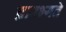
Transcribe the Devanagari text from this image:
प्रारभ्यते